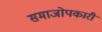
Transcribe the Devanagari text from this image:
समाजोपकारी